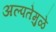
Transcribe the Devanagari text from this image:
अल्पतेमुळे